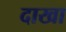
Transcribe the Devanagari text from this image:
दाखा